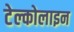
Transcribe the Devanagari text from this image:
टेल्कोलाइन